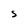
Character: S